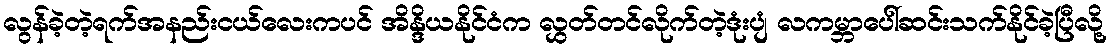
လွန်ခဲ့တဲ့ရက်အနည်းငယ်လေးကပင် အိန္ဒိယနိုင်ငံက လွှတ်တင်လိုက်တဲ့ဒုံးပျံ လကမ္ဘာပေါ်ဆင်းသက်နိုင်ခဲ့ပြီလို့